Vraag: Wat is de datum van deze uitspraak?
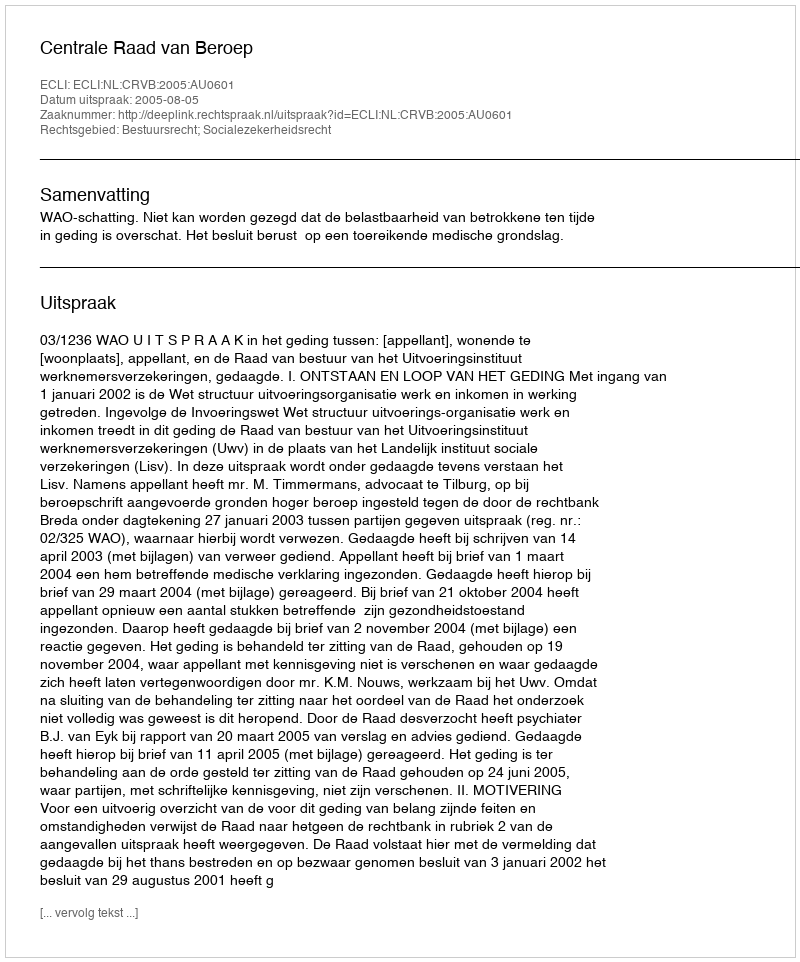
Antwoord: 2005-08-05